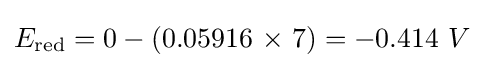
E_{\text{red}}=0-\left(0.05916\ {\text{×}}\ 7\right)=-0.414\ V